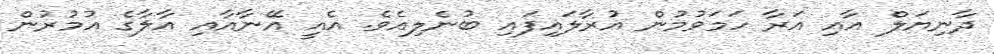
ދާނިޔަލް އާއި އަރާ ހަމަވުމުން އުރާލައިފައި ބުނެލިއެވެ. އެއީ އޭނާއާއި އާލާގެ އުމުރުން